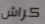
كراش